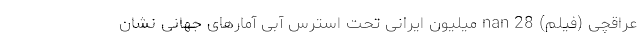
عراقچی (فیلم) nan 28 میلیون ایرانی تحت استرس آبی آمارهای جهانی نشان